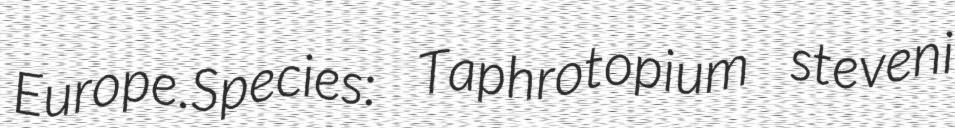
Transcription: Europe.Species: Taphrotopium steveni